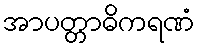
အာပတ္တာဓိကရဏံ